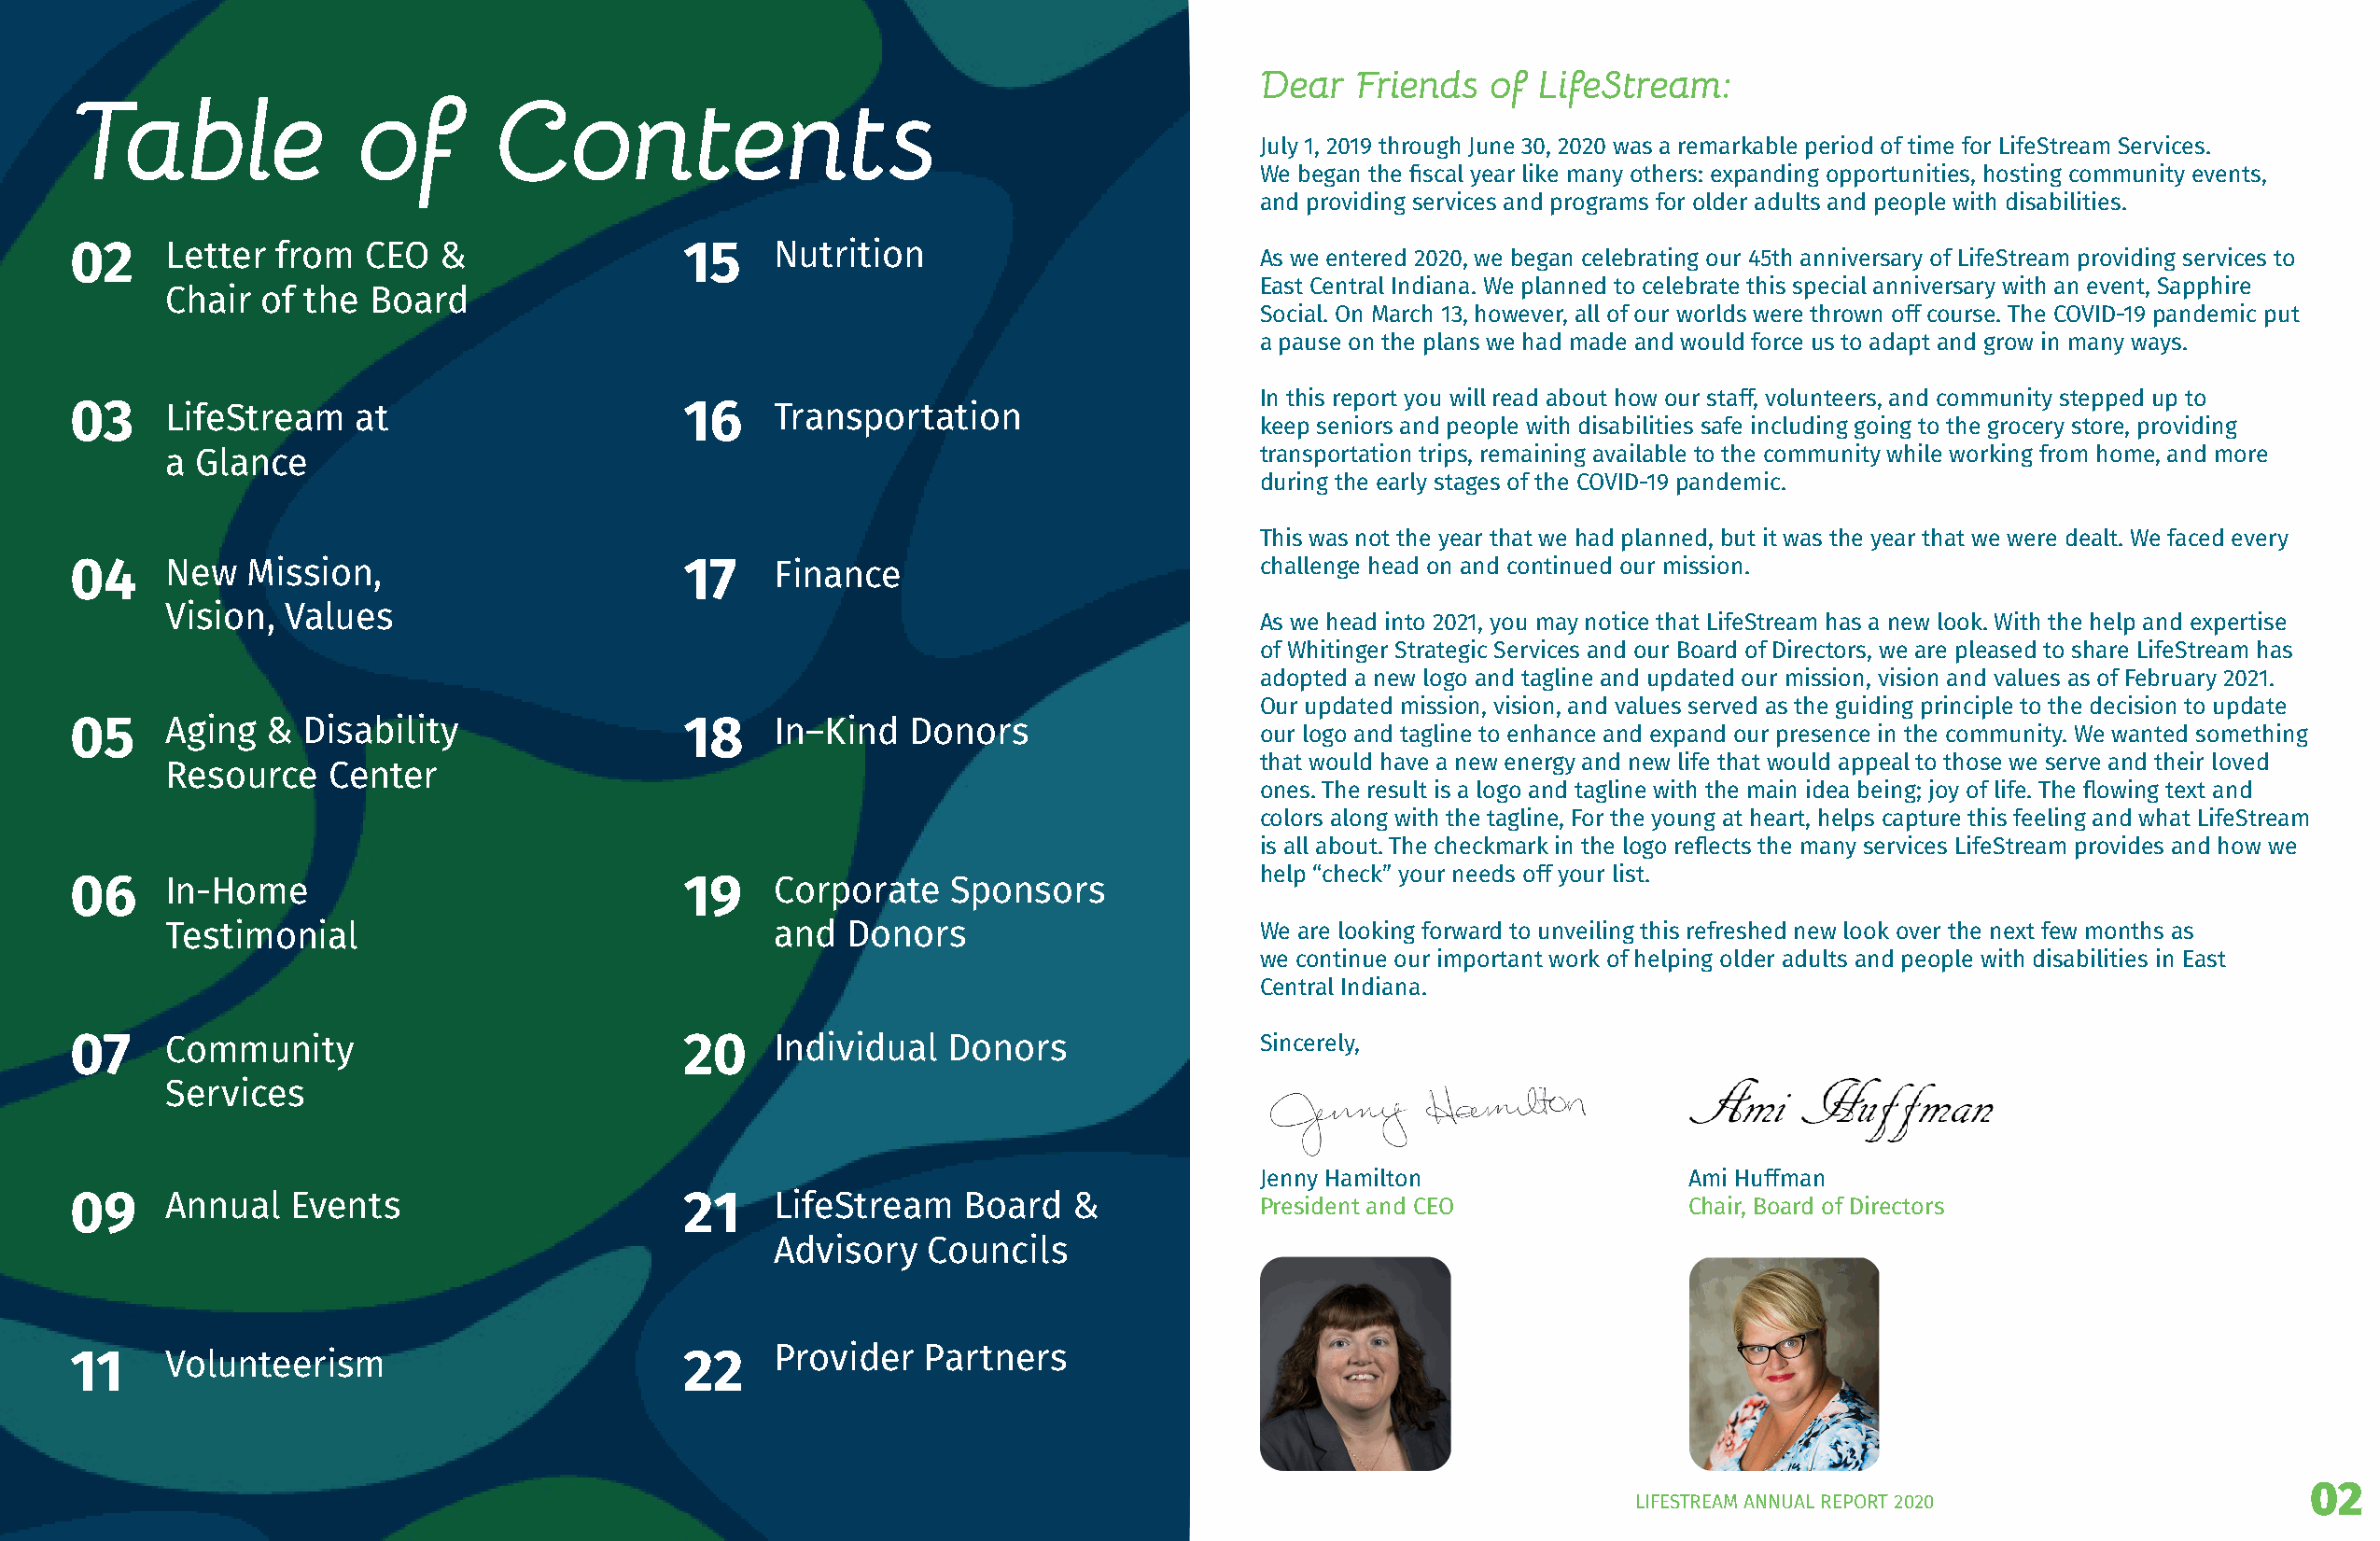
Dear   Friends   of LifeStream:
 Table                of       Contents
 July 1, 2019 through June 30, 2020 was a remarkable period of time for LifeStream Services.
 We began the fiscal year like many others: expanding opportunities, hosting community events,
 and providing services and programs for older adults and people with disabilities.
 02     Letter  from  CEO  &                15     Nutrition
 As we entered 2020, we began celebrating our 45th anniversary of LifeStream providing services to
 East Central Indiana. We planned to celebrate this special anniversary with an event, Sapphire
 Chair  of the Board
 Social. On March 13, however, all of our worlds were thrown off course. The COVID-19 pandemic put
 a pause on the plans we had made and would force us to adapt and grow in many ways.
 In this report you will read about how our staff, volunteers, and community stepped up to
 03     LifeStream   at                     16     Transportation
 keep seniors and people with disabilities safe including going to the grocery store, providing
 a Glance                                                                     transportation trips, remaining available to the community while working from home, and more
 during the early stages of the COVID-19 pandemic.
 This was not the year that we had planned, but it was the year that we were dealt. We faced every
 04     New   Mission,                      17     Finance                           challenge head on and continued our mission.
 Vision, Values
 As we head into 2021, you may notice that LifeStream has a new look. With the help and expertise
 of Whitinger Strategic Services and our Board of Directors, we are pleased to share LifeStream has
 adopted a new logo and tagline and updated our mission, vision and values as of February 2021.
 Our updated mission, vision, and values served as the guiding principle to the decision to update
 05     Aging  & Disability                 18     In–Kind   Donors
 our logo and tagline to enhance and expand our presence in the community. We wanted something
 that would have a new energy and new life that would appeal to those we serve and their loved
 Resource   Center
 ones. The result is a logo and tagline with the main idea being; joy of life. The flowing text and
 colors along with the tagline, For the young at heart, helps capture this feeling and what LifeStream
 is all about. The checkmark in the logo reflects the many services LifeStream provides and how we
 help “check” your needs off your list.
 06     In-Home                             19     Corporate   Sponsors
 Testimonial                                and  Donors                       We are looking forward to unveiling this refreshed new look over the next few months as
 we continue our important work of helping older adults and people with disabilities in East
 Central Indiana.
 07     Community                           20     Individual  Donors                Sincerely,
 Services
 Jenny Hamilton                 Ami Huffman
 09     Annual   Events                     21     LifeStream   Board   &            President and CEO              Chair, Board of Directors
 Advisory   Councils
 11     Volunteerism                        22     Provider   Partners
 02
 LIFESTREAM ANNUAL REPORT 2020